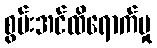
စွမ်းအင်ထိရောက်မှု